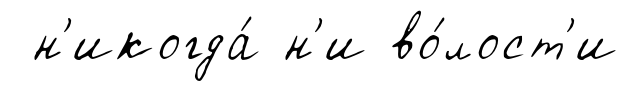
н'икогда́ н'и во́лост'и